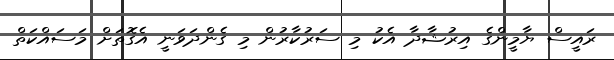
ރައީސް ޔާމީންގެ އިރުޝާދާ އެކު މި ސަރުކާރުން މި ގެންދަވަނީ އެގޮތަށް މަސައްކަތް